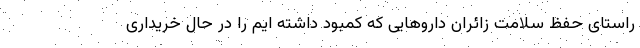
راستای حفظ سلامت زائران داروهایی که کمبود داشته ایم را در حال خریداری